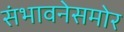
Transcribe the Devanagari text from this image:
संभावनेसमोर